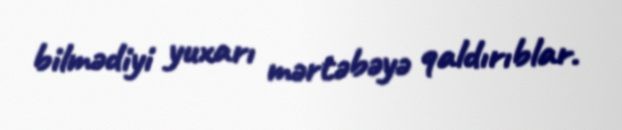
bilmədiyi yuxarı mərtəbəyə qaldırıblar.